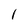
Character: I